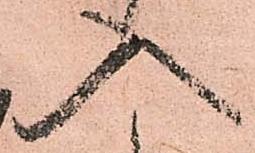
入